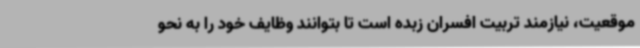
موقعیت، نیازمند تربیت افسران زبده است تا بتوانند وظایف خود را به نحو